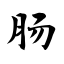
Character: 肠